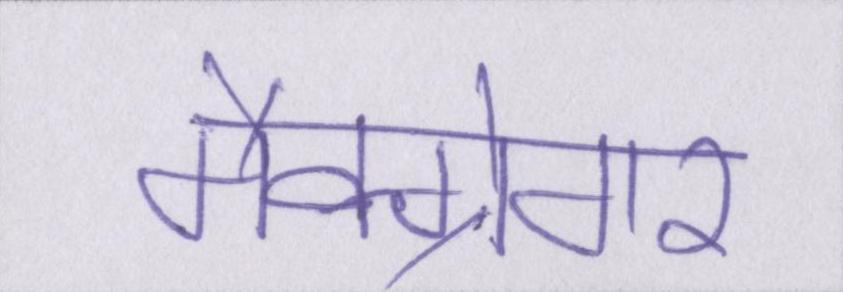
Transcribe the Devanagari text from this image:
मैक्ग्रेगर